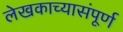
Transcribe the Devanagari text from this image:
लेखकाच्यासंपूर्ण